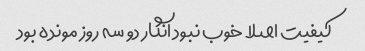
کیفیت اصلا خوب نبود انگار دو سه روز مونده بود